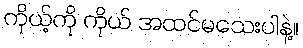
ကိုယ့်ကို ကိုယ် အထင်မသေးပါနဲ့။